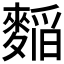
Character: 𮭾